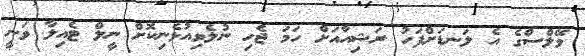
ވޭލްސްގެ އެ ލަނޑަށްފަހު ރަޝިއާއަށް ހަމަ ޖެހި ނުލެވިއުޅެނިކޮށް ނީލް ޓެއިލާ ވަނީ